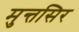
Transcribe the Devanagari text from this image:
मुन्तसिर